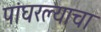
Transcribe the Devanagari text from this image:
पांघरल्याचा